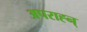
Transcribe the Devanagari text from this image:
अपराह्न्